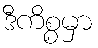
ဒီကိစ္စမှာ